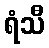
ရံသီ